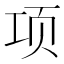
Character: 项